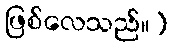
ဖြစ်လေသည်။)